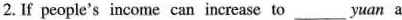
2.If peopie's income can increase to___yuan a